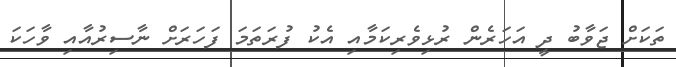
ތަކަށް ޖަވާބު ދީ އަހަރެން ރުޅިވެރިކަމާއި އެކު ފުރަތަމަ ފަހަރަށް ނާސިރުއާއި ވާހަކަ